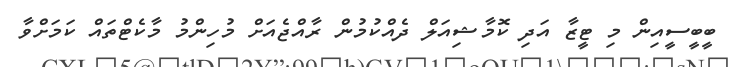
ބީބީސީއިން މި ޓީޒާ އަދި ކޮމާޝިއަލް ދެއްކުމުން ރާއްޖެއަށް މުހިންމު މާކެޓްތައް ކަމަށްވާ